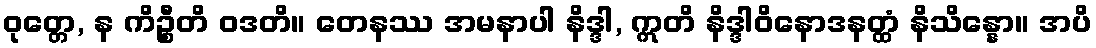
ဝုတ္တေ, န ကိဉ္စီတိ ဝဒတိ။ တေနဿ အမနာပါ နိဒ္ဒါ, ဣတိ နိဒ္ဒါဝိနောဒနတ္ထံ နိသိန္နော။ အပိ